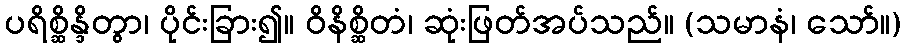
ပရိစ္ဆိန္ဒိတွာ၊ ပိုင်းခြား၍။ ဝိနိစ္ဆိတံ၊ ဆုံးဖြတ်အပ်သည်။ (သမာနံ၊ သော်။)